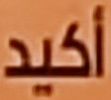
أكيد